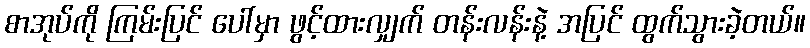
စာအုပ်ကို ကြမ်းပြင် ပေါ်မှာ ဖွင့်ထားလျှက် တန်းလန်းနဲ့ အပြင် ထွက်သွားခဲ့တယ်။